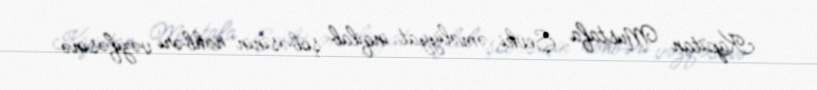
Kapitan Mustafa Şevki əməliyyat inqilab şöbəsinin rəhbəri vəzifəsinə